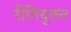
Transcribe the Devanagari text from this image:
रीतियुक्त